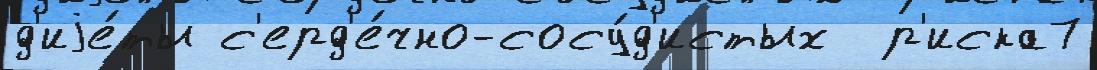
д'иjе́ты с'ерд'е́чно-сосу́д'истых  р'иска7